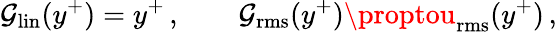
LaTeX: \mathcal{G}_{\mathrm{{lin}}}(y^{+})=y^{+}\, ,\qquad\mathcal{G}_{\mathrm{{rms}}}(y^{+})\proptou_{\mathrm{{rms}}}(y^{+})\, ,